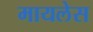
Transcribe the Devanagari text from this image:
मायलेस